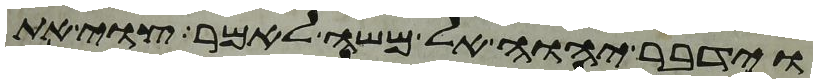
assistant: וידבר יהוה אל משה לאמר צוי את